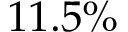
1 1 . 5 \%